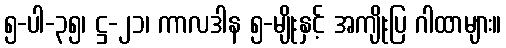
၅-ပါ-၃၅၊ ဋ္ဌ-၂၁၊ ကာလဒါန ၅-မျိုးနှင့် အကျိုးပြ ဂါထာများ။